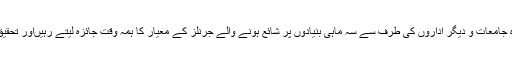
چاہے وہ صوبائی ہوں یا وفاقی ہائر ایجوکیشن کمیشنز کی ذمہ داری بنتی ہے کہ وہ جامعات و دیگر اداروں کی طرف سے سہ ماہی بنیادوں پر شائع ہونے والے جرنلز کے معیار کا ہمہ وقت جائزہ لیتے رہیںاور تحقیق کے معیار کے لئے مقرر کردہ بین الاقوامی اصولوں پر کوئی سمجھوتہ نہ کریں۔